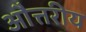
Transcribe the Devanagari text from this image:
औत्तरीय